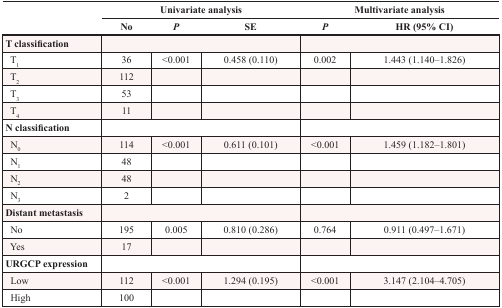
| <ROWSPAN=2>  | <COLSPAN=3> Univariate analysis | <COLSPAN=2> Multivariate analysis |
 | No | P | SE | P | HR (95% CI) |
 | --- | --- | --- | --- | --- | --- |
 | T classification | <COLSPAN=3>  | <COLSPAN=2>  |
 | T1 | 36 | <0.001 | 0.458 (0.110) | 0.002 | 1.443 (1.140–1.826) |
 | T2 | 112 |  |  |  |  |
 | T3 | 53 |  |  |  |  |
 | T4 | 11 |  |  |  |  |
 | N classification | <COLSPAN=3>  | <COLSPAN=2>  |
 | N0 | 114 | <0.001 | 0.611 (0.101) | <0.001 | 1.459 (1.182–1.801) |
 | N1 | 48 |  |  |  |  |
 | N2 | 48 |  |  |  |  |
 | N3 | 2 |  |  |  |  |
 | Distant metastasis | <COLSPAN=3>  | <COLSPAN=2>  |
 | No | 195 | 0.005 | 0.810 (0.286) | 0.764 | 0.911 (0.497–1.671) |
 | Yes | 17 |  |  |  |  |
 | URGCP expression | <COLSPAN=3>  | <COLSPAN=2>  |
 | Low | 112 | <0.001 | 1.294 (0.195) | <0.001 | 3.147 (2.104–4.705) |
 | High | 100 |  |  |  |  |